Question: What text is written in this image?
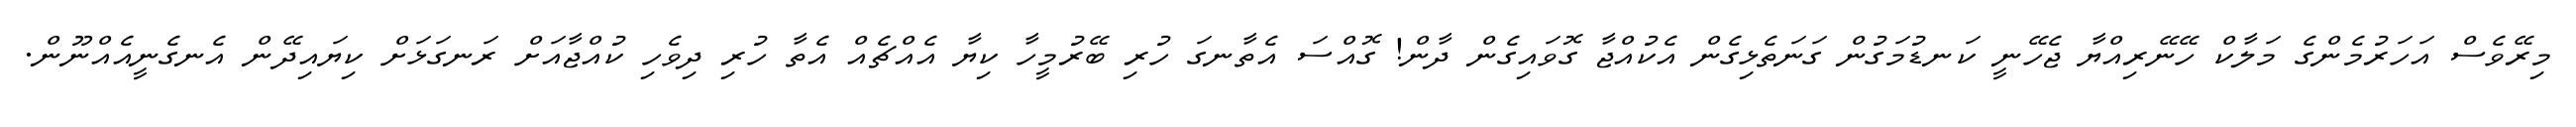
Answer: މިރޭވެސް އަހަރުމެންގެ މަލާކް ހޭނޭރިއްޔާ ޖެހޭނީ ކަނޑުމަގުން ގަނަތެޅިގެން އެކުއްޖާ ގޮވައިގެން ދާން! ގޮއްސަ އެތާނގަ ހުރި ބޭރުމީހާ ކިޔާ އެއްޗެއް އެތާ ހުރި ދިވެހި ކުއްޖާއަށް ރަނގަޅަށް ކިޔައިދޭން އެނގެނީއެއްނޫން.